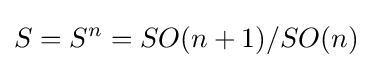
S=S^{n}=SO(n+1)/SO(n)